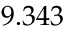
9 . 3 4 3 \